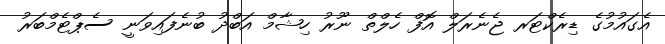
އެގައުމުގެ ޑިރެކްޓަރ ޖެނެރަލް އޮފް ހެލްތް ނޫރު ހިޝާމް އަބްދު ބުނެފައިވަނީ ސެޕްޓެމްބަރު